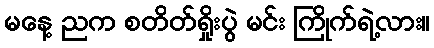
မနေ့ ညက စတိတ်ရှိုးပွဲ မင်း ကြိုက်ရဲ့လား။